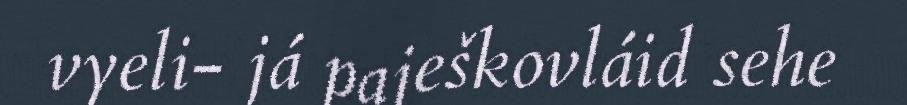
vyeli- já paješkovláid sehe